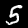
Digit: 5